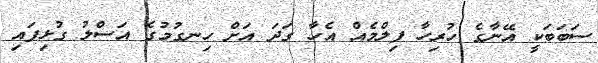
ސަބަބަކީ އޭނާގެ ހުރިހާ ފިލްމެއް އެހާ ގަދަ އަށް ހިނގުމުގެ އަސްލު ގުޅިފައި